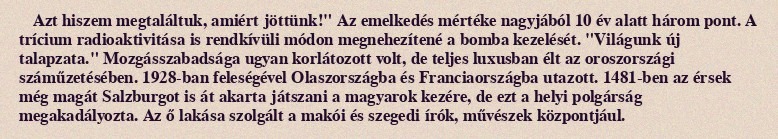
Azt hiszem megtaláltuk, amiért jöttünk!" Az emelkedés mértéke nagyjából 10 év alatt három pont. A trícium radioaktivitása is rendkívüli módon megnehezítené a bomba kezelését. "Világunk új talapzata." Mozgásszabadsága ugyan korlátozott volt, de teljes luxusban élt az oroszországi száműzetésében. 1928-ban feleségével Olaszországba és Franciaországba utazott. 1481-ben az érsek még magát Salzburgot is át akarta játszani a magyarok kezére, de ezt a helyi polgárság megakadályozta. Az ő lakása szolgált a makói és szegedi írók, művészek központjául.